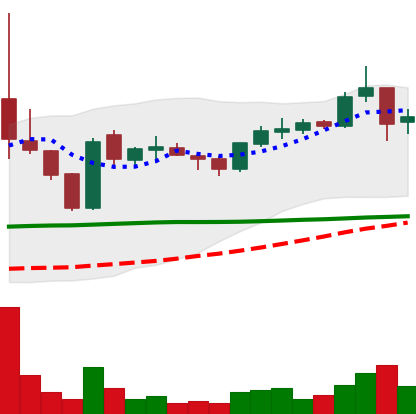
Ticker: TRX-USD
Chart end date: 2019-01-29
Forward return: -6.946%
Label: down_5_7